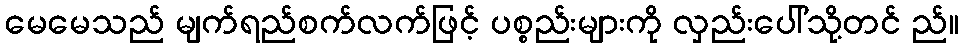
မေမေသည် မျက်ရည်စက်လက်ဖြင့် ပစ္စည်းများကို လှည်းပေါ်သို့တင် ည်။